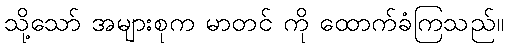
သို့သော် အများစုက မာတင် ကို ထောက်ခံကြသည်။